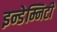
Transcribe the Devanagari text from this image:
इन्डेम्निटी